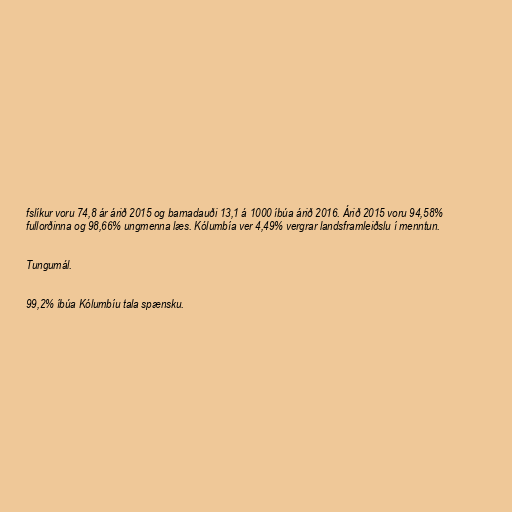
fslíkur voru 74,8 ár árið 2015 og barnadauði 13,1 á 1000 íbúa árið 2016. Árið 2015 voru 94,58%
fullorðinna og 98,66% ungmenna læs. Kólumbía ver 4,49% vergrar landsframleiðslu í menntun.

Tungumál.

99,2% íbúa Kólumbíu tala spænsku.